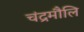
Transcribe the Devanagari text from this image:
चंद्रमौलि